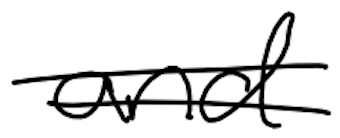
Text: and
Cross-out: mix
Writing tool: digital_black